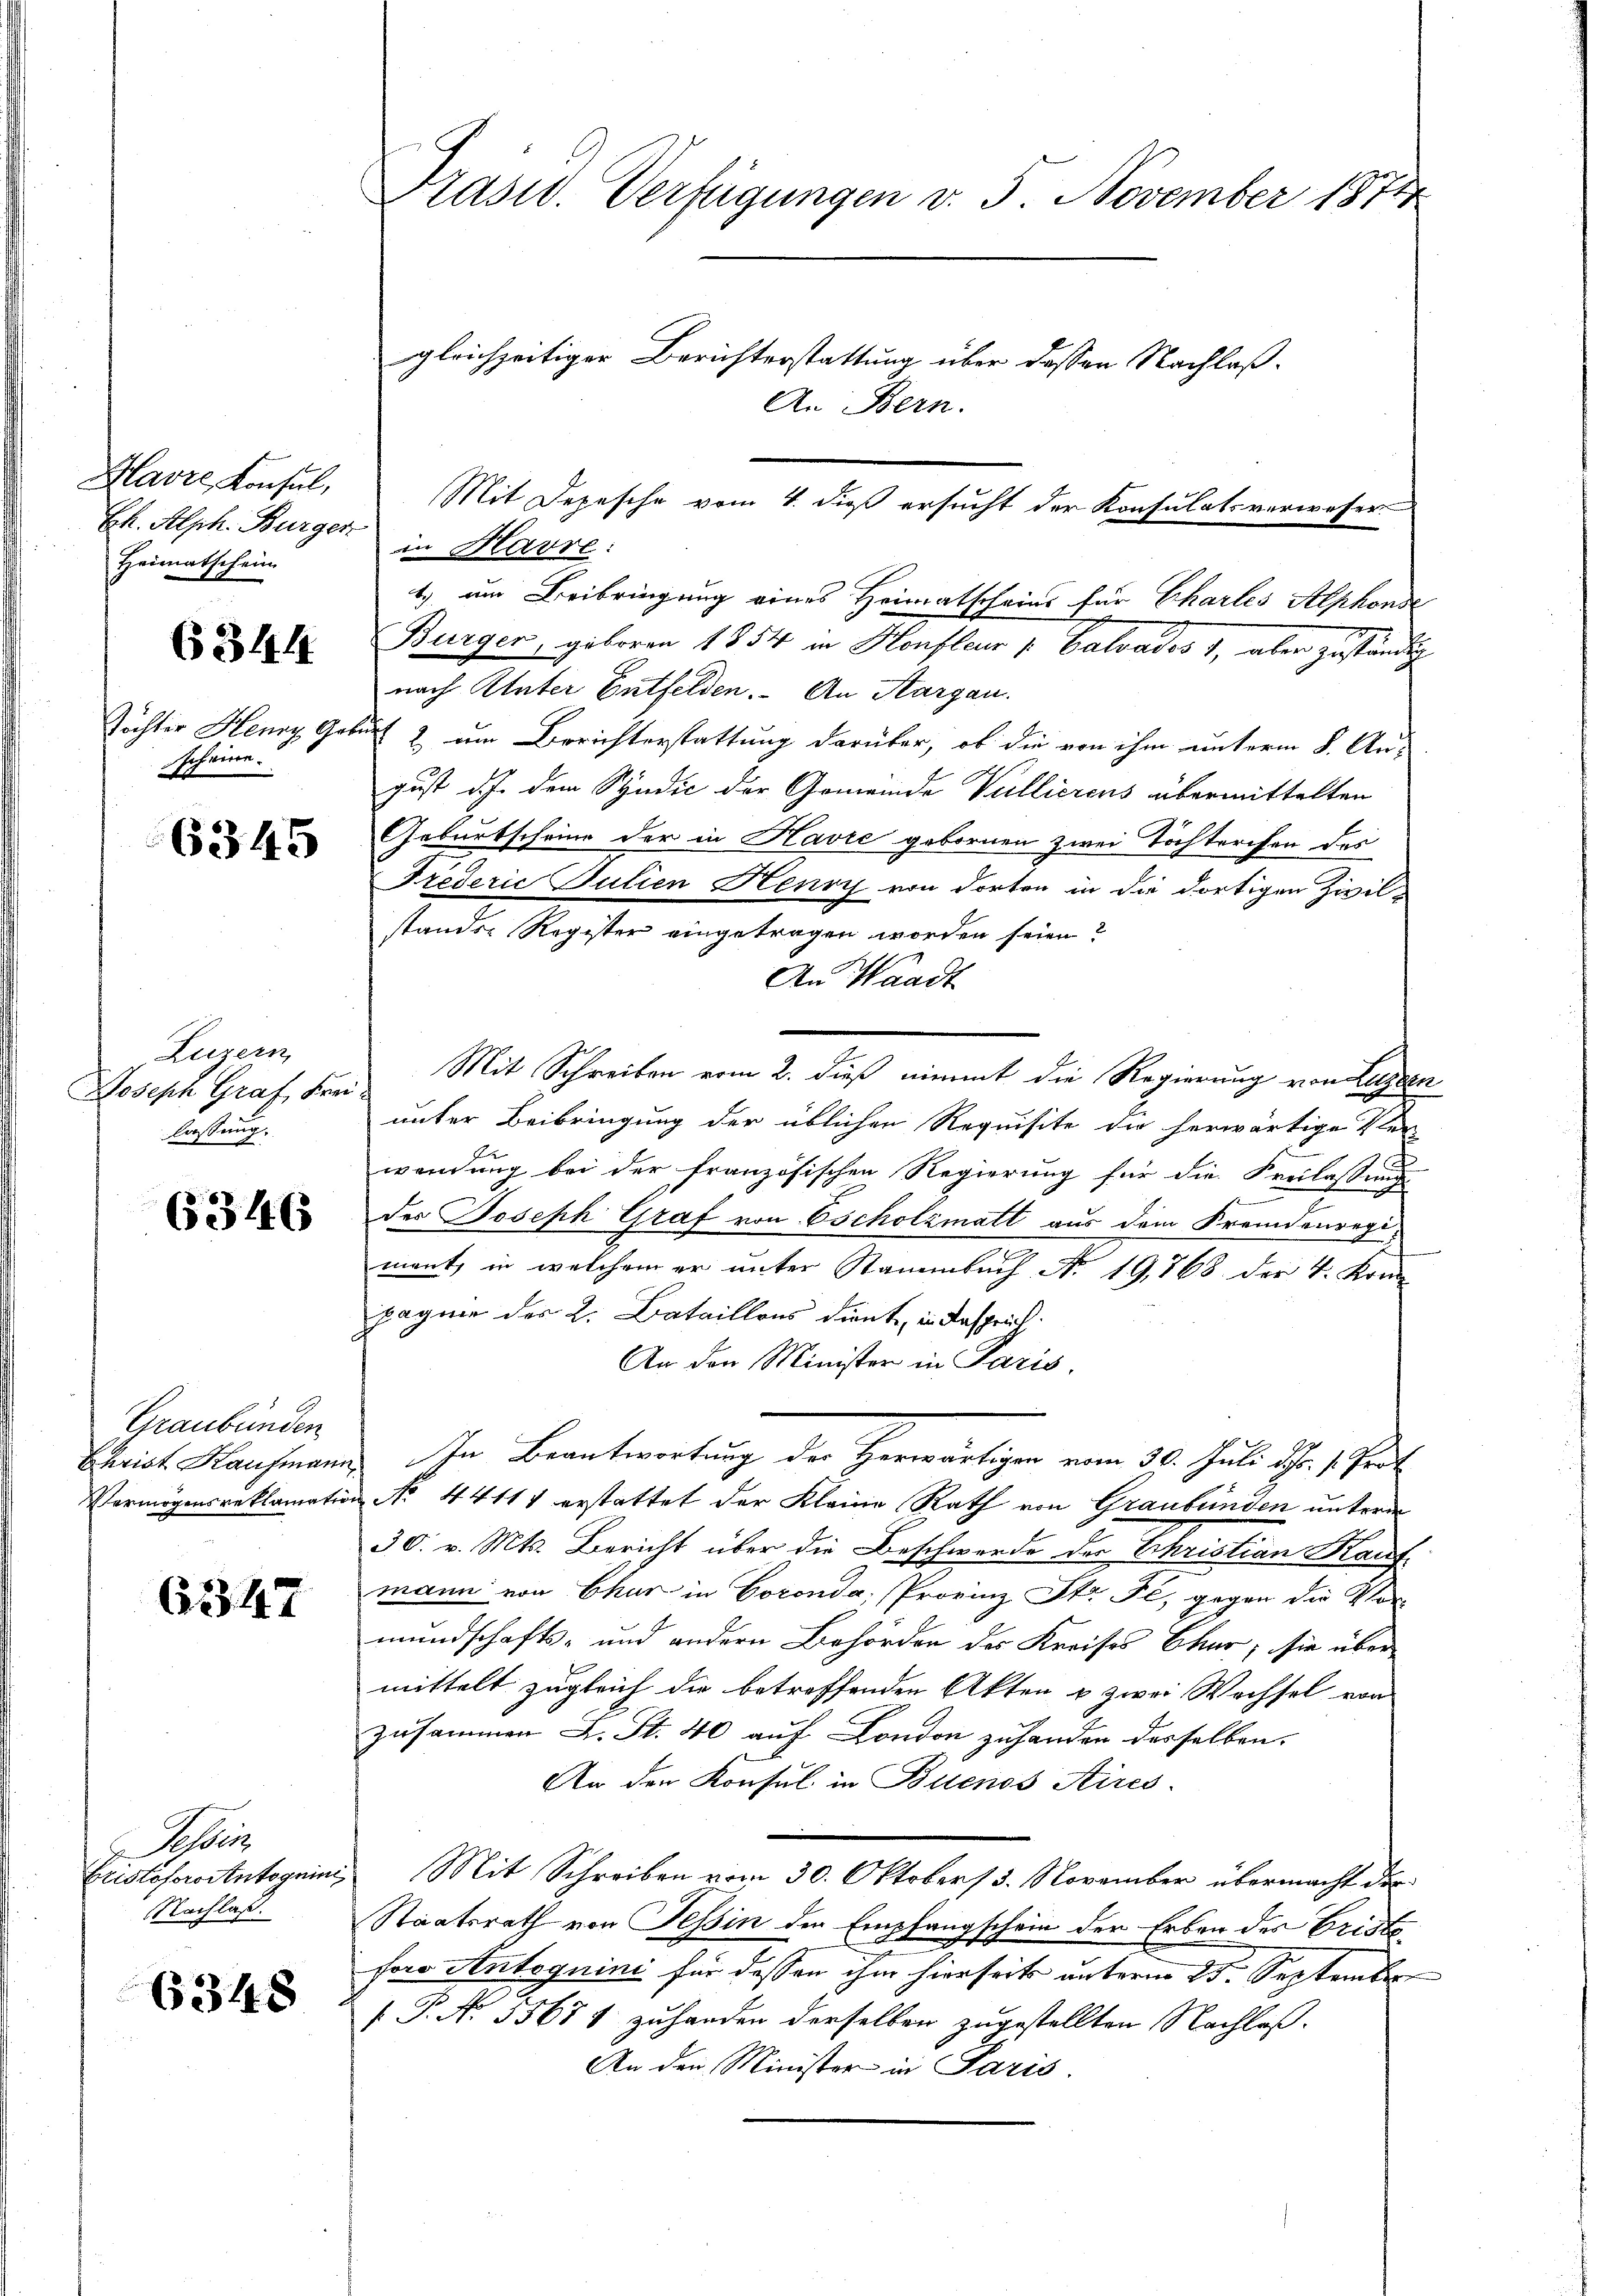
Havre Konsul,
Eh. Alph. Burger
Heimatschein

6344

scheine.
A

6345

Luzern
Joseph Graf Frei
lassung.

6346

Graubünden
Christ Hausmann
Vermögens reklamation

6347

Selin
Fristoforo Autognim
NNachlaß.

6348

Präsid. Verfügungen v. 5. November 1874
gleichzeitiger Berichterstattung über dessen Nachlaß¬
An Bern.

in Havre:
t.) um Beibringung eines Heimatscheins für Chartes Alphonse
Burger, geboren 1854 in Konfleur / Calvados 1, aber zuständig
nach Unter Entfelden. An Aargau.
Töchter Henry Geburt & um Berichterstattung darüber, ob die von ihm unterm 8. August d. h. dem Syndić der Gemeinde Vullierens übermittelten
Geburtscheine der in Havre gebornen zwei Tochterchen der
Frederić Putien Henry von dorten in die dortigen Zivilstander Register eingetragen worden seien?
An Waadt
Mit Schreiben vom 2. dieß nimmt die Regierung von Luzern
unter Beibringung der üblichen Requisite die herwärtige Ver
wendung bei der französischen Regierung für die Freilassung
des Joseph Graf von Escholzmatt aus dem Fremdenregi
ment, in welchem er unter Stammbuch No. 19,768 der 4. Kon
pagnie des L. Bataillons dient, in Besprich
An den Minister in Paris.
In Beantwortung der Herwärtigen vom 30. Juli d. 1 Part
u No. 44111 erstattet der Kleine Rath von Graubünden unterm
30. v. Mts. Bericht über die Beschwerde der Schristian Kauf-
mann von Chur in Corona; Provinz Str. Fe, gegen die Vor-
mundschafts- und andern Behörden des Kreises Chur, sie über
mittelt zugleich die betreffenden Akten u zwei Wachsel von
zusammen L. St. 40 auf London zuhander desselben.
An den Konsul in Buenos Aires.
Mit Schreiben vom 30. Oktober 15. November übermacht der
Staatsrath von Tessin den Empfangschein der Erben des Cristoforo Antoquini für dessen ihm hierseits unterm 25. September
P. No. 35671 zuhanden derselben zugestellten Nachlaß.
An den Minister in Paris.

Mit Depesche vom 4. dieß ersucht der Konsulatsverweser